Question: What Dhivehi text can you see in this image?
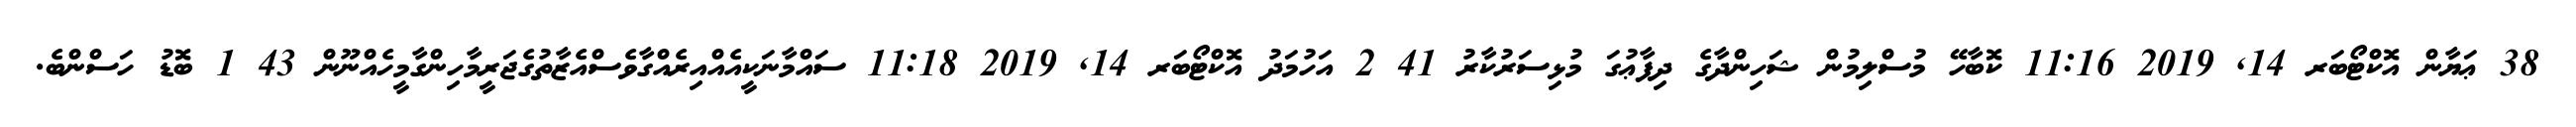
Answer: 38 ޢަޔާން އޮކްޓޯބަރ 14, 2019 11:16 ކޮބާހޭ މުސްލިމުން ޝަހިންދާގެ ދިފާޢުގަ މުޅިސަރުކާރު 41 2 އަހުމަދު އޮކްޓޯބަރ 14, 2019 11:18 ސައްމާނަކީއެއްއިރެއްގާވެސްއެޒާތުގެޖަރީމާހިންގާމީހެއްނޫން 43 1 ބޮޑު ހަސްންބެ.